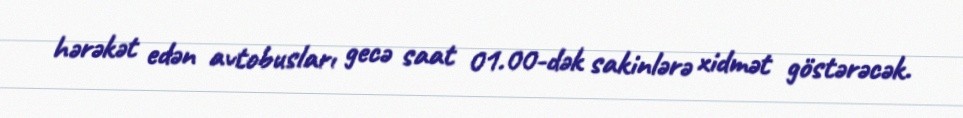
hərəkət edən avtobusları gecə saat 01.00-dək sakinlərə xidmət göstərəcək.